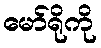
မော်ရိုကို